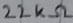
Text: 22KΩ